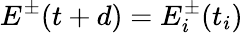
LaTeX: E^{\pm}(t+d)=E_{i}^{\pm}(t_{i})